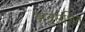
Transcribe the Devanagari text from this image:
अनुसंशित